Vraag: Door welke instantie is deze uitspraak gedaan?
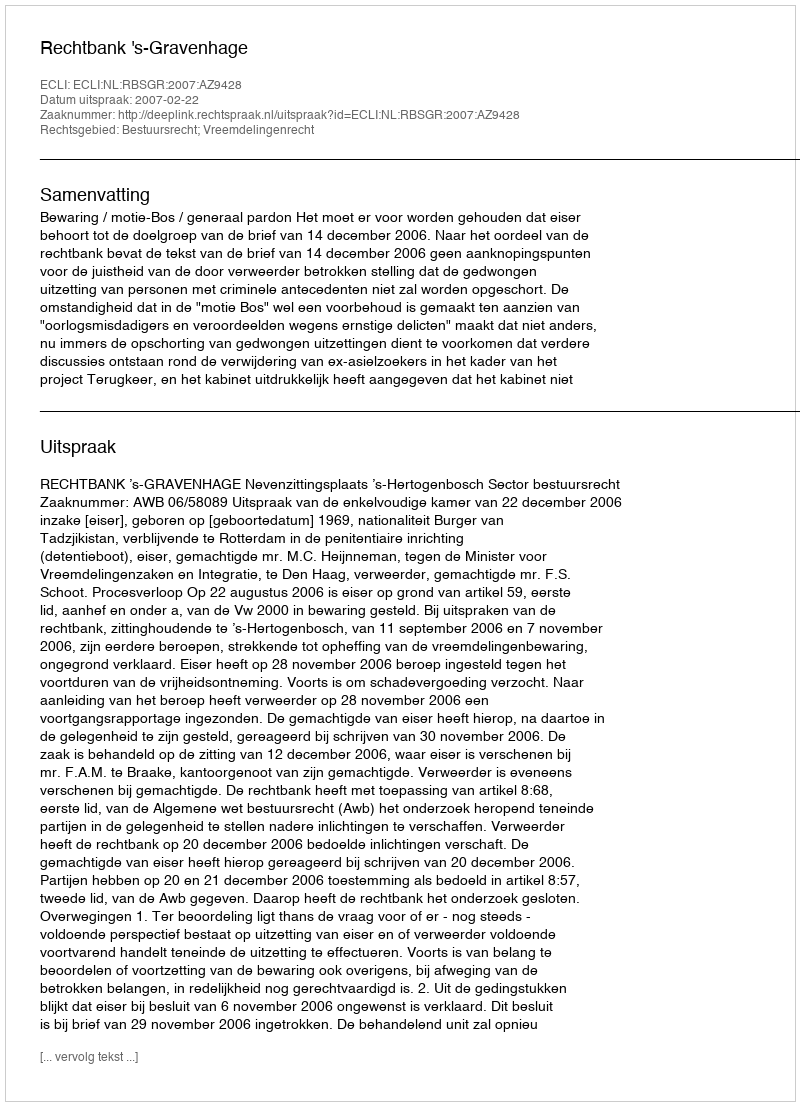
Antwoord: Rechtbank 's-Gravenhage